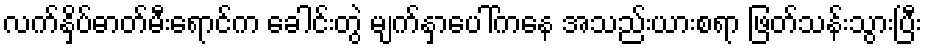
လက်နှိပ်ဓာတ်မီးရောင်က ခေါင်းတွဲ မျက်နှာပေါ်ကနေ အသည်းယားစရာ ဖြတ်သန်းသွားပြီး